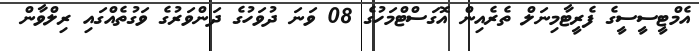
އެމްޓީސީސީގެ ފެރީޓާމިނަލް ތެރެއިން އޮގަސްޓްމަހުގެ 08 ވަނަ ދުވަހުގެ ދަންވަރުގެ ވަގުތެއްގައި ރިލްވާން